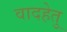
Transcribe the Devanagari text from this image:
वादहेतु